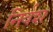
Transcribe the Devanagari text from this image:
निर्वश